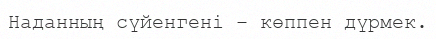
Наданның сүйенгені – көппен дүрмек.